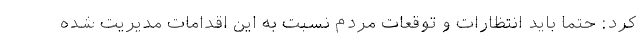
کرد: حتما باید انتظارات و توقعات مردم نسبت به این اقدامات مدیریت شده